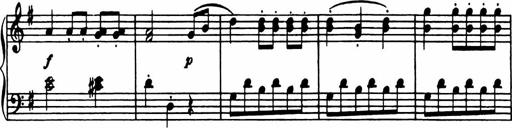
Title: Analytical Sonatinas
Composer: Frank Lynes